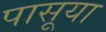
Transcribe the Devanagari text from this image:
पासूया